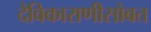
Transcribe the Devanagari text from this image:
देविकाराणीसोबत